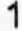
1